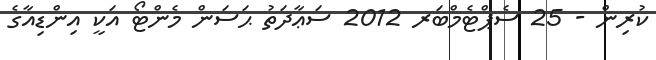
ކުރިން - 25 ސެޕްޓެމްބަރ 2012 ސަޢާދަތު ޙަސަން މެންޓޯ އަކީ އިންޑިއާގެ